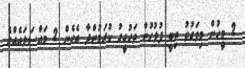
2 މީހުން މިވަގުތު ތިބީ ފުލުހުން ތަހުގީގު ކުރަމުންދާ އެހެން 2 މައްސަލައެއްގެ